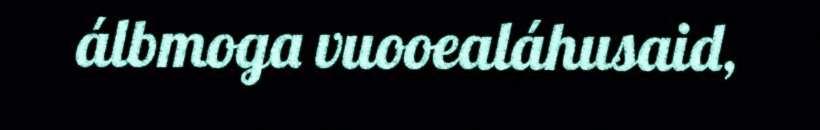
álbmoga vuooealáhusaid,